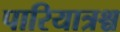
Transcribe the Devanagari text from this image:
पारियात्रश्च